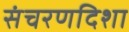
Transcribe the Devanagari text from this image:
संचरणदिशा